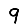
Digit: 9